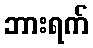
ဘားရက်